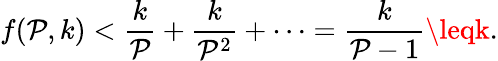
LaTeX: f(\mathcal{P},k)<{\frac{{k}}{{\mathcal{P}}}}+{\frac{{k}}{{\mathcal{P}^{2}}}}+\cdots={\frac{{k}}{{\mathcal{P}-1}}}\leqk.